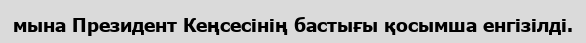
мына Президент Кеңсесінің бастығы қосымша енгізілді.